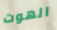
الهوت